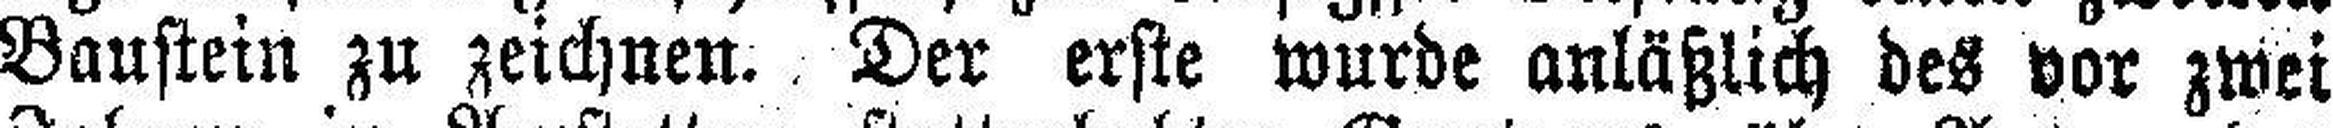
Baustein zu zeichnen. Der erste wurde anläßlich des vor zwei